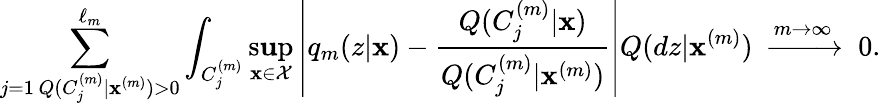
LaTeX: \sum_{\substack{j=1\, Q(C_{j}^{(m)}|\mathbf{x}^{(m)})>0}}^{\ell_{m}}\int_{C_{j}^{(m)}}\operatorname*{s\mathbf{u}p}_{\mathbf{x}\in\mathcal{X}}\left|q_{m}(z|\mathbf{x})-\frac{{Q(C_{j}^{(m)}|\mathbf{x})}}{{Q(C_{j}^{(m)}|\mathbf{x}^{(m)})}}\right|Q(dz|\mathbf{x}^{(m)})\; \xrightarrow{{m\to\infty}}{\;} 0.